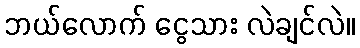
ဘယ်လောက် ငွေသား လဲချင်လဲ။